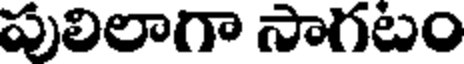
పులిలాగా సాగటం